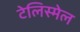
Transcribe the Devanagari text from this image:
टेलिस्मेल